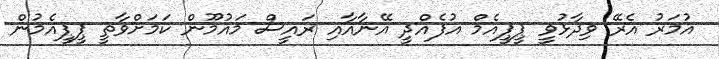
އުމަރު އެރޭ ވިދާޅުވީ ޕީޕީއެމް އުފެއްދީ އޭނާއާއި ރައީސް މައުމޫން ކަމަށްވާތީ ޕީޕީއެމުން